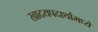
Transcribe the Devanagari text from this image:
खादयपदार्थामध्ये